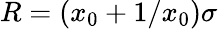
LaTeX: R=(x_{0}+1/x_{0})\sigma